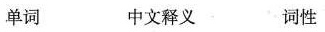
单词 中文释义 词性